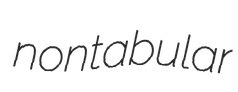
nontabular